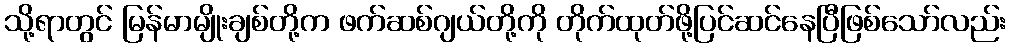
သို့ရာတွင် မြန်မာမျိုးချစ်တို့က ဖက်ဆစ်ဂျယ်တို့ကို တိုက်ထုတ်ဖို့ပြင်ဆင်နေပြီဖြစ်သော်လည်း